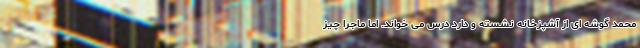
محمد گوشه ای از آشپزخانه نشسته و دارد درس می خواند. اما ماجرا چیز